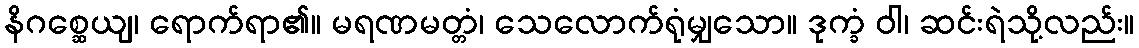
နိဂစ္ဆေယျ၊ ရောက်ရာ၏။ မရဏမတ္တံ၊ သေလောက်ရုံမျှသော။ ဒုက္ခံ ဝါ၊ ဆင်းရဲသို့လည်း။